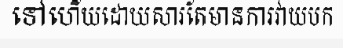
ទៅហើយដោយសារតែមានការវាយបក